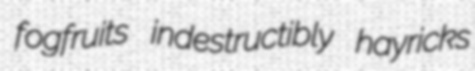
fogfruits indestructibly hayricks